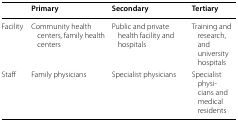
<table><thead><tr><td></td><td><b>Primary</b></td><td><b>Secondary</b></td><td><b>Tertiary</b></td></tr></thead><tbody><tr><td>Facility</td><td>Community health centers, family health centers</td><td>Public and private health facility and hospitals</td><td>Training and research, and university hospitals</td></tr><tr><td>Staff</td><td>Family physicians</td><td>Specialist physicians</td><td>Specialist physicians and medical residents</td></tr></tbody></table>